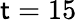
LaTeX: \mathsf{t}=15